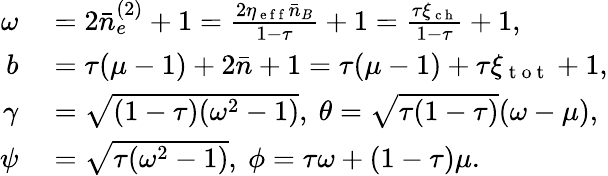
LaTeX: \begin{array}{rl}{\omega}&{{}=2\bar{n}_{e}^{(2)}+1=\frac{2\eta_{\mathrm{~e~f~f~}}\bar{n}_{B}}{1-\tau}+1=\frac{\tau\xi_{\mathrm{~c~h~}}}{1-\tau}+1,}\\ {b}&{{}=\tau(\mu-1)+2\bar{n}+1=\tau(\mu-1)+\tau\xi_{\mathrm{~t~o~t~}}+1,}\\ {\gamma}&{{}=\sqrt{(1-\tau)(\omega^{2}-1)},~\theta=\sqrt{\tau(1-\tau)}(\omega-\mu),}\\ {\psi}&{{}=\sqrt{\tau(\omega^{2}-1)},~\phi=\tau\omega+(1-\tau)\mu.}\end{array}